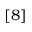
[ 8 ]